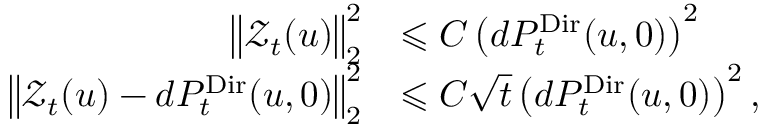
\begin{array} { r l } { \big \| \mathcal { Z } _ { t } ( u ) \big \| _ { 2 } ^ { 2 } } & { \leqslant C \left( d P _ { t } ^ { \mathrm { D i r } } ( u , 0 ) \right) ^ { 2 } } \\ { \big \| \mathcal { Z } _ { t } ( u ) - d P _ { t } ^ { \mathrm { D i r } } ( u , 0 ) \big \| _ { 2 } ^ { 2 } } & { \leqslant C \sqrt { t } \left( d P _ { t } ^ { \mathrm { D i r } } ( u , 0 ) \right) ^ { 2 } , } \end{array}